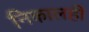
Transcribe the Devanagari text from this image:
निकालही